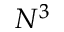
N ^ { 3 }